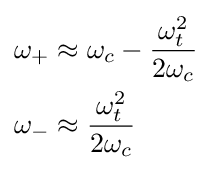
{\begin{aligned}\omega _{+}&\approx \omega _{c}-{\frac {\omega _{t}^{2}}{2\omega _{c}}}\\\omega _{-}&\approx {\frac {\omega _{t}^{2}}{2\omega _{c}}}\end{aligned}}